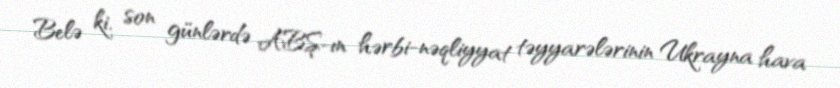
Belə ki, son günlərdə ABŞ-ın hərbi-nəqliyyat təyyarələrinin Ukrayna hava